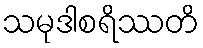
သမုဒါစရိဿတိ